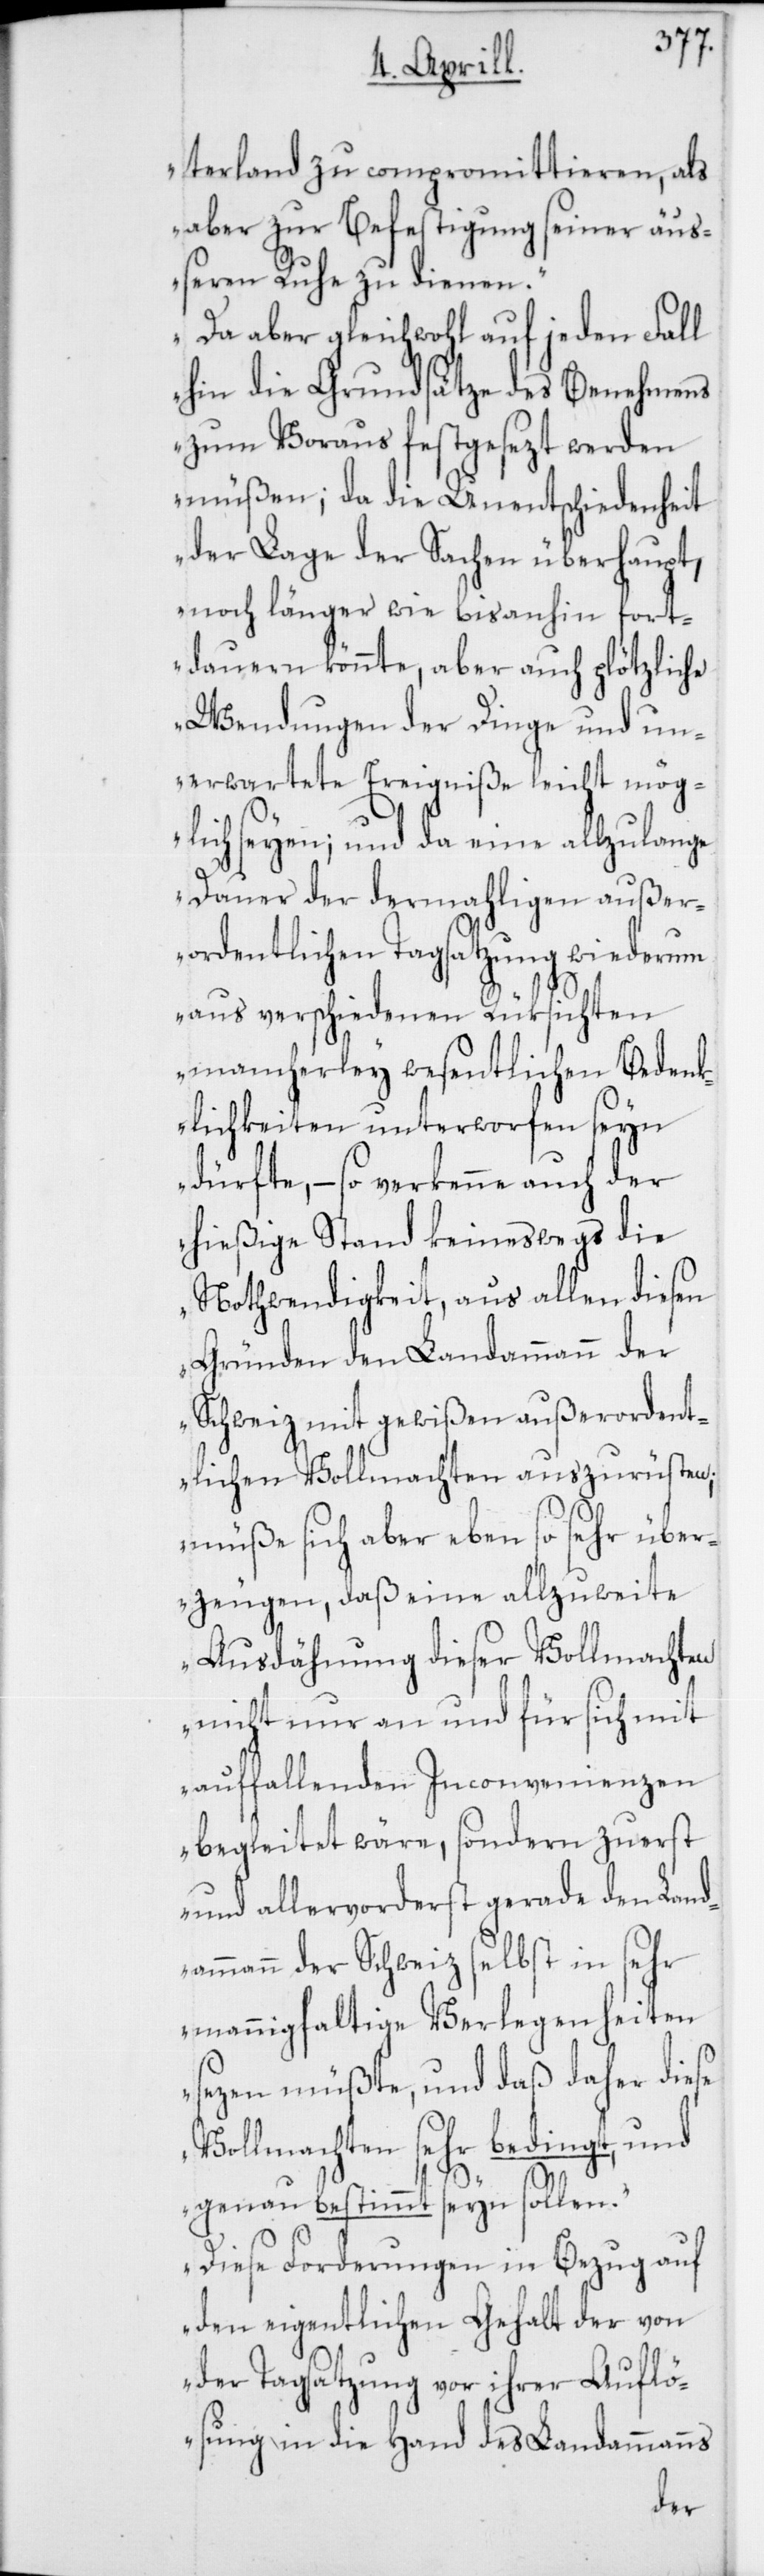
terland zu compromittieren, als
aber zur Befestigung seiner äu¬
ßeren Ruhe zu dienen.
Da aber gleichwohl auf jeden Fall
hin die Grundsätze des Benehmens
zum Voraus festgesezt werden
müßen; da die Unentschiedenheit
der Lage der Sachen überhaupt,
noch länger wie bis anhin fort¬
dauern könnte, aber auch plötzliche
Wendungen der Dinge und un¬
erwartete Ereigniße leicht mög¬
lich seyen; und da eine allzu lange
Dauer der dermahligen außer¬
ordentlichen Tagsatzung wiederum
aus verschiedenen Rüksichten
mancherley wesentlichen Bedenk¬
lichkeiten unterworfen seyn
dürfte, – so verkenne auch der
hießige Stand keineswegs die
Nothwendigkeit, aus allen diesen
Gründen den Landammann der
Schweiz mit gewißen außerordent¬
lichen Vollmachten auszurüsten;
müße sich aber eben so sehr über¬
zeugen, daß eine allzu weite
Ausdähnung dieser Vollmachten
nicht nur an und für sich mit
auffallenden Inconvenienzen
begleitet wäre, sondern zuerst
und allervorderst gerade den Land¬
ammann der Schweiz selbst in sehr
mannigfaltige Verlegenheiten
sezen müßte, und daß daher diese
Vollmachten sehr bedingt, und
genau bestimmt seyn sollen.
Diese Forderungen in Bezug auf
den eigentlichen Gehalt der von
der Tagsatzung vor ihrer Auflö¬
sung in die Hand des Landammanns